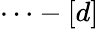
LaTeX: \cdots-[d]